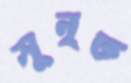
সূনৃত